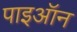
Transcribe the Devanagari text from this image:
पाइऑन